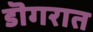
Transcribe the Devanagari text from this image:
डॊगरात